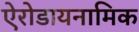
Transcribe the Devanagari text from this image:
ऐरोडायनामिक